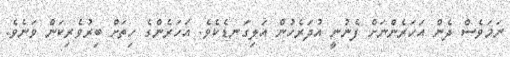
ނަމަވެސް ދެން އަހަރެންނަށް ފެނުނީ އުދަރެހުން އަލިގަނޑެކެވެ. އަހަރެންގެ ހިތަށް ބިރުވެރިކަން ވަނެވެ.